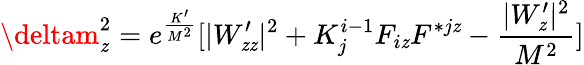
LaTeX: \deltam_{\mathit{z}}^{2}=e^{\frac{{K^{\prime}}}{{M^{2}}}}[|W_{\mathit{z}\mathit{z}}^{\prime}|^{2}+K_{j}^{i-1}F_{i\mathit{z}}F^{*j\mathit{z}}-{\frac{{|W_{\mathit{z}}^{\prime}|^{2}}}{{M^{2}}}}]